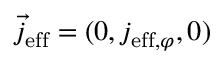
\vec { j } _ { \mathrm { e f f } } = ( 0 , j _ { \mathrm { e f f } , \varphi } , 0 )